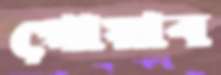
পোয়াব